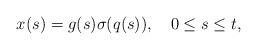
LaTeX: \begin{align*}x(s) = g(s) \sigma(q(s)),\quad0 \le s \le t,\end{align*}